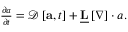
\begin{array} { r } { \frac { \partial \boldsymbol { a } } { \partial t } = \mathcal { D } \left[ \mathbf { a } , t \right] + \underline { { \mathbf { L } } } \left[ \boldsymbol { \nabla } \right] \cdot \boldsymbol { a } . } \end{array}